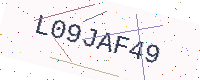
Text: L09JAF49